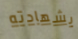
بشهادته